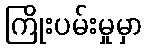
ကြိုးပမ်းမှုမှာ